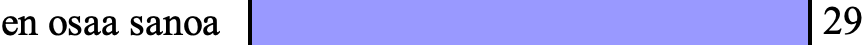
en osaa sanoa              29